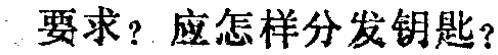
要求？应怎样分发钥匙？